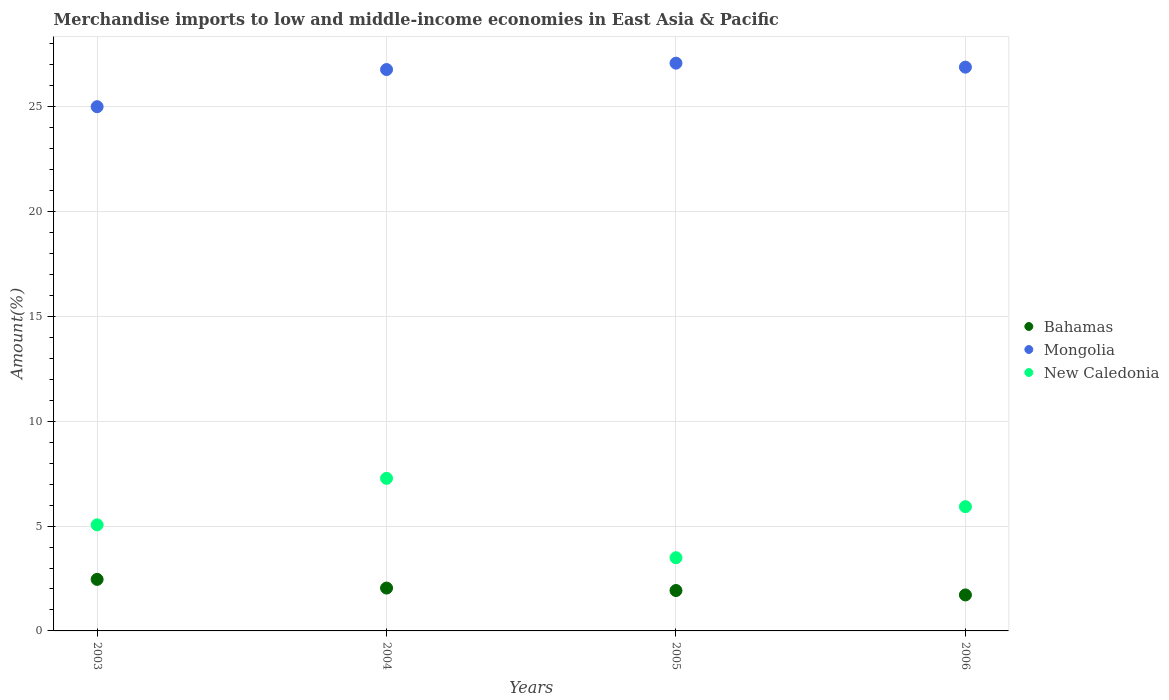
| Years | Bahamas | Mongolia | New Caledonia |
 | --- | --- | --- | --- |
 | 2003 | 2.46 | 25 | 5.06 |
 | 2004 | 2.04 | 26.8 | 7.28 |
 | 2005 | 1.93 | 27.1 | 3.49 |
 | 2006 | 1.72 | 26.9 | 5.93 |